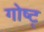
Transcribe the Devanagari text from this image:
गोष्ट्